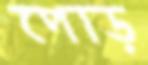
পোড়